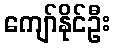
ကျော်နိုင်ဦး